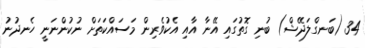
34 (ބަނގްލަދޭޝް) ބުނި ގޮތުގައި އޭނާ އާއި އެކުވެރިން މަސައްކަތަށް ނުކުންނަނީ ހެނދުނު